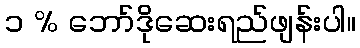
၁ % ဘော်ဒိုဆေးရည်ဖျန်းပါ။